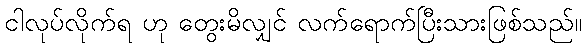
ငါလုပ်လိုက်ရ ဟု တွေးမိလျှင် လက်ရောက်ပြီးသားဖြစ်သည်။